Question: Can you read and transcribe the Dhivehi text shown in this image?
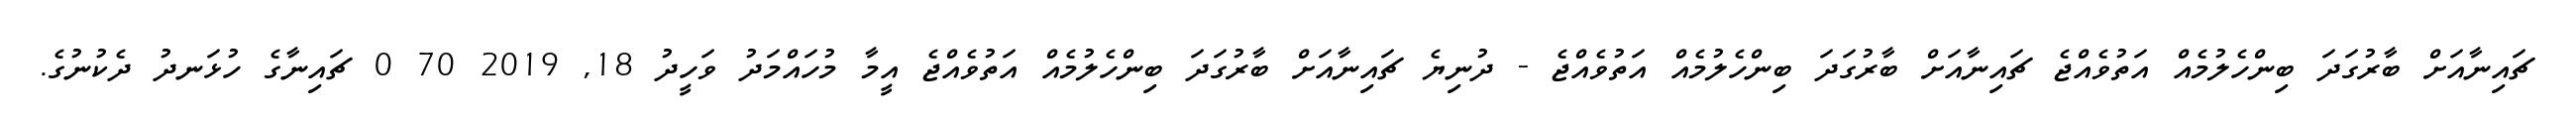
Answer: ޗައިނާއަށް ބާރުގަދަ ބިންހެލުމެއް އަތުވެއްޖެ ޗައިނާއަށް ބާރުގަދަ ބިންހެލުމެއް އަތުވެއްޖެ - ދުނިޔެ ޗައިނާއަށް ބާރުގަދަ ބިންހެލުމެއް އަތުވެއްޖެ އީމާ މުހައްމަދު ވަހީދު 18, 2019 70 0 ޗައިނާގެ ހުޅަނދު ދެކުނުގެ.